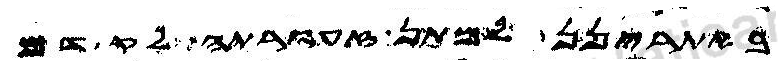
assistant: באתרינן למתן זעורתה לקדם